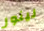
لينور